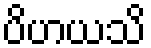
ပိဟယသိ